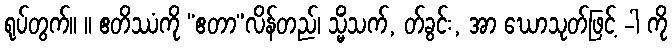
ရုပ်တွက်။ ။ ဧတိဿံကို “ဧတာ”လိန်တည်၊ သ္မိံသက်, တ်ခွင်း, အာ ဃောသုတ်ဖြင့် -ါ ကို